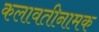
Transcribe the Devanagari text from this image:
कलावतीनामक